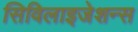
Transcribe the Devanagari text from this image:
सिविलाइजेशन्स